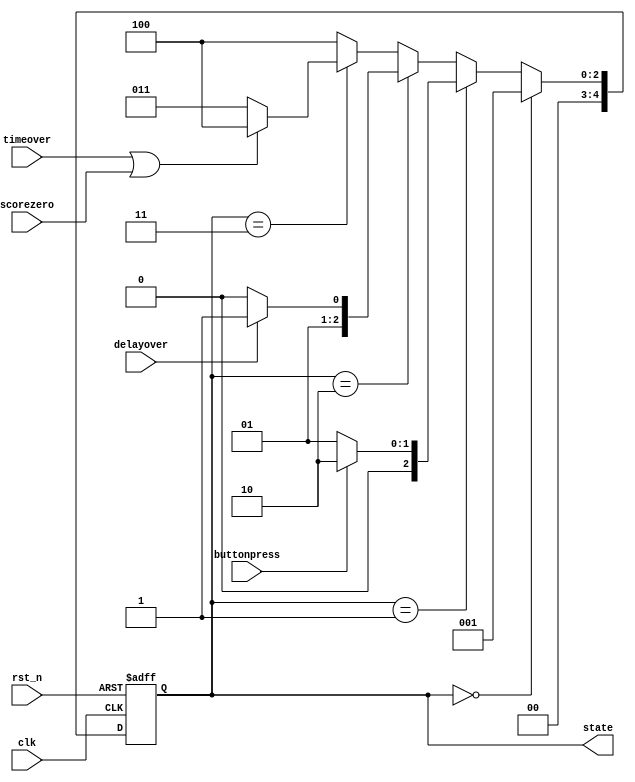
`timescale 1ns / 1ps
//////////////////////////////////////////////////////////////////////////////////
// Company: 
// Engineer: 
// 
// Design Name: 
// Module Name:    state 
// Project Name: 
// Target Devices: 
// Tool versions: 
// Description: 
//
// Dependencies: 
//
// Revision: 
// Revision 0.01 - File Created
// Additional Comments: 
//
//////////////////////////////////////////////////////////////////////////////////
module state(
	input clk,
	input rst_n,
	input buttonpress,
	input delayover,
	input timeover,
	input scorezero,
	output [4:0] state
);

reg [4:0] curr_state;
reg [4:0] next_state;

//0 start
//1 wait for time set
//2 delay
//3 game start
//4 game halt

assign state = curr_state;

always@(posedge clk or posedge rst_n)
begin
	if(rst_n)
		curr_state <= 5'b0;
	else
		curr_state <= next_state;
end



always@(*)
begin
	if(curr_state == 5'd0)
		next_state = 5'd1;
	else if(curr_state == 5'd1)
	begin
		if(buttonpress)
			next_state=5'd2;
		else
			next_state=5'd1;
	end
	else if(curr_state == 5'd2)
	begin
		if(delayover)
			next_state=5'd3;
		else
			next_state=5'd2;
	end
	else if(curr_state == 5'd3)
	begin
		if(timeover||scorezero)
			next_state=5'd4;
		else
			next_state=5'd3;
	end
	else
		next_state=5'd4;
end
endmodule